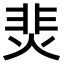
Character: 𩇭